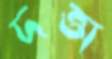
দত্তা